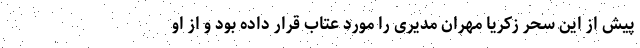
پیش از این سحر زکریا مهران مدیری را مورد عتاب قرار داده بود و از او